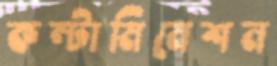
কন্টামিনেশন